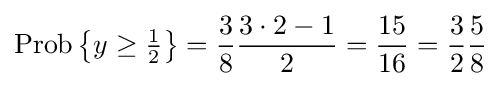
\operatorname {Prob} \left\{y\geq {\tfrac {1}{2}}\right\}={\frac {3}{8}}{\frac {3\cdot 2-1}{2}}={\frac {15}{16}}={\frac {3}{2}}{\frac {5}{8}}